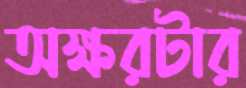
অক্ষরটার